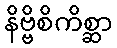
နိဗ္ဗိစိကိစ္ဆာ